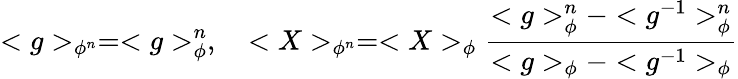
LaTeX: <g>_{\phi^{n}}=<g>_{\phi}^{n},\quad<X>_{\phi^{n}}=<X>_{\phi}{\frac{<g>_{\phi}^{n}-<g^{-1}>_{\phi}^{n}}{<g>_{\phi}-<g^{-1}>_{\phi}}}